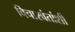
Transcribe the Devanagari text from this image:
विचारवंतांशी